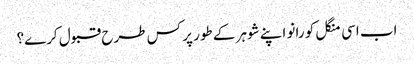
اب اسی منگل کو رانو اپنے شوہر کے طور پر کس طرح قبول کرے؟